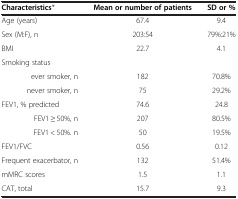
<table><thead><tr><td><b>Characteristics*</b></td><td><b>Mean or number of patients</b></td><td><b>SD or %</b></td></tr></thead><tbody><tr><td>Age (years)</td><td>67.4</td><td>9.4</td></tr><tr><td>Sex (M:F), n</td><td>203:54</td><td>79%:21%</td></tr><tr><td>BMI</td><td>22.7</td><td>4.1</td></tr><tr><td>Smoking status</td><td> </td><td> </td></tr><tr><td>ever smoker, n</td><td>182</td><td>70.8%</td></tr><tr><td>never smoker, n</td><td>75</td><td>29.2%</td></tr><tr><td>FEV1, % predicted</td><td>74.6</td><td>24.8</td></tr><tr><td>FEV1 ≥ 50%, n</td><td>207</td><td>80.5%</td></tr><tr><td>FEV1 &lt; 50%. n</td><td>50</td><td>19.5%</td></tr><tr><td>FEV1/FVC</td><td>0.56</td><td>0.12</td></tr><tr><td>Frequent exacerbator, n</td><td>132</td><td>51.4%</td></tr><tr><td>mMRC scores</td><td>1.5</td><td>1.1</td></tr><tr><td>CAT, total</td><td>15.7</td><td>9.3</td></tr></tbody></table>